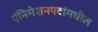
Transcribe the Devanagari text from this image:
ऍनिमेशनपटांमधील